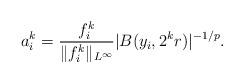
LaTeX: \begin{align*}a_{i}^{k} = \frac{f_{i}^{k}}{\|f_{i}^{k}\|_{L^{\infty}}} |B(y_{i},2^{k}r)|^{-1/p}.\end{align*}